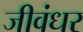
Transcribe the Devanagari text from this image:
जीवंधर